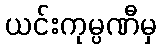
ယင်းကုမ္ပဏီမှ